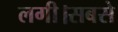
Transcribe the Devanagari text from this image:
लगी।सबसे